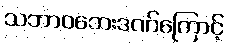
သဘာဝဘေးဒဏ်ကြောင့်